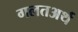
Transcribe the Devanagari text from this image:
गलतअर्थ